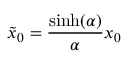
\tilde { x } _ { 0 } = \frac { \sinh ( \alpha ) } { \alpha } x _ { 0 }